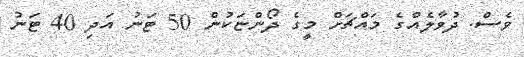
ވެސް. ދުވާލެއްގެ މައްޗަށް މީގެ ދޯންޏަކުން 50 ޓަނު އަދި 40 ޓަނު